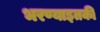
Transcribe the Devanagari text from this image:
भरण्याइतकी